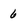
Character: 6